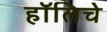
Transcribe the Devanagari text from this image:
हॉलिचे